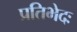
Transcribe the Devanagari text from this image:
प्रतिभेदः